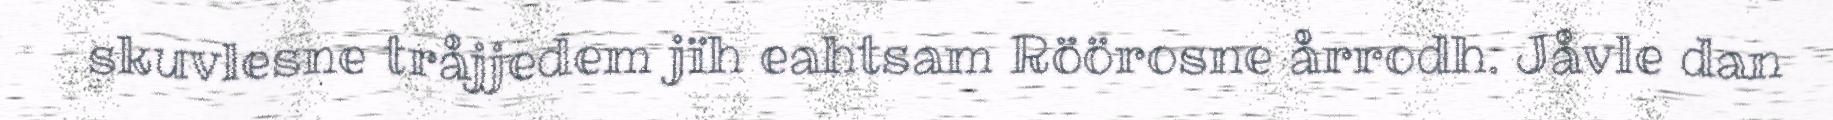
skuvlesne tråjjedem jïh eahtsam Röörosne årrodh. Jåvle dan